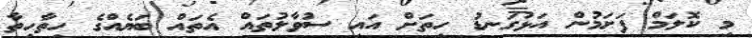
މި ކޮލަމް ފަށަމުން އަޅުގަނޑު ހިތަށް އައި ސުވާލުތައް އެތައް ބަޔެއްގެ ހިތާހިތާ